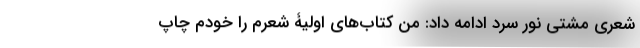
شعری مُشتی نور سرد ادامه داد: من کتاب‌های اولیۀ شعرم را خودم چاپ